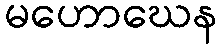
မဟောဃေန